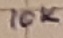
Text: 10K